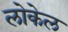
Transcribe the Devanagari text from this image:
लोकेल